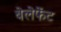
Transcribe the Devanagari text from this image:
बेलेफेंट